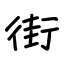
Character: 街